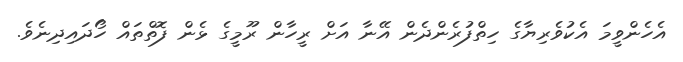
އެހެންވީމަ އެކުވެރިޔާގެ ހިތްފުރެންދެން އޭނާ އަށް ރީހާން ރޫމީގެ ޅެން ފޮތްތައް ހޯދައިދިނެވެ.